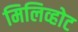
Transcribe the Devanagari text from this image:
मिलिव्होट